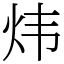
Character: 炜